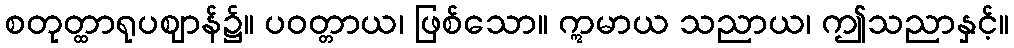
စတုတ္ထာရုပဈာန်၌။ ပဝတ္တာယ၊ ဖြစ်သော။ ဣမာယ သညာယ၊ ဤသညာနှင့်။